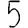
Digit: 5